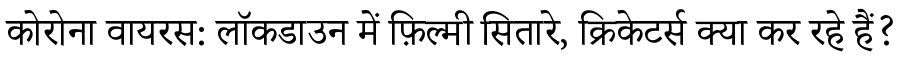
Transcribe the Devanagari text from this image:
कोरोना वायरस: लॉकडाउन में फ़िल्मी सितारे, क्रिकेटर्स क्या कर रहे हैं?